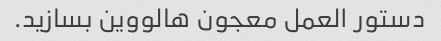
دستور العمل معجون هالووین بسازید.